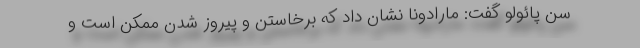
سن پائولو گفت: مارادونا نشان داد که برخاستن و پیروز شدن ممکن است و